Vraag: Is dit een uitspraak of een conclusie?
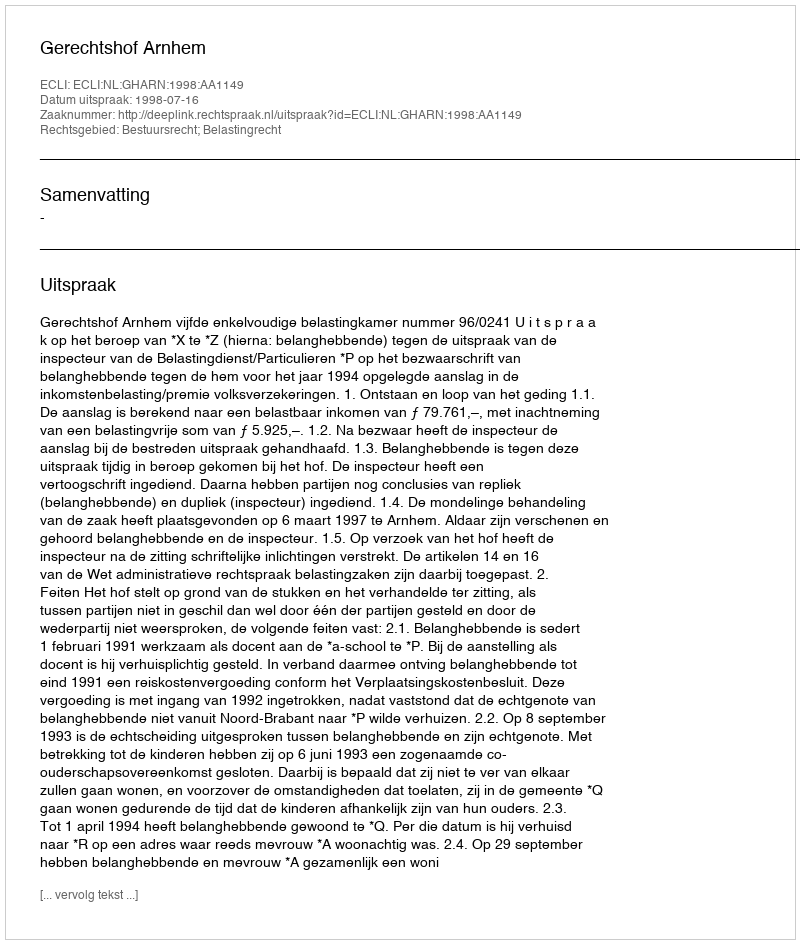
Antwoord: Uitspraak